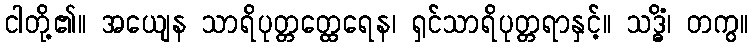
ငါတို့၏။ အယျေန သာရိပုတ္တတ္ထေရေန၊ ရှင်သာရိပုတ္တရာနှင့်။ သဒ္ဓိံ၊ တကွ။